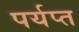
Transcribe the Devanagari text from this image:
पर्यप्त